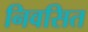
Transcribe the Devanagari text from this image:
निवसित